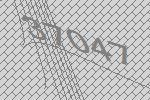
37047